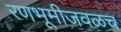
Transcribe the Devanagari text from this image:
रणभूमीजवळच